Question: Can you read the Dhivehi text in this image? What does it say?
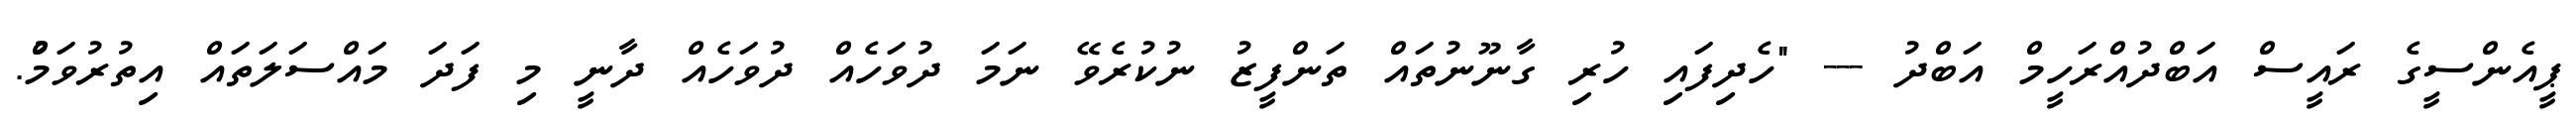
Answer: ޕީއެންސީގެ ރައީސް އަބްދުއްރަހީމް އަބްދު --- "ހެދިފައި ހުރި ގާނޫނުތައް ތަންފީޒު ނުކުރެވޭ ނަމަ ދުވަހެއް ދުވަހެއް ދާނީ މި ފަދަ މައްސަލަތައް އިތުރުވަމުް.